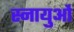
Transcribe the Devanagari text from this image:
स्‍नायुओं